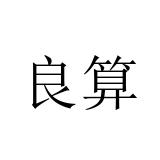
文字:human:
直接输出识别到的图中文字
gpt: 良算